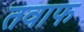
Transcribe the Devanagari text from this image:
तवाफ